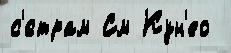
с'́страм См Кун'ео